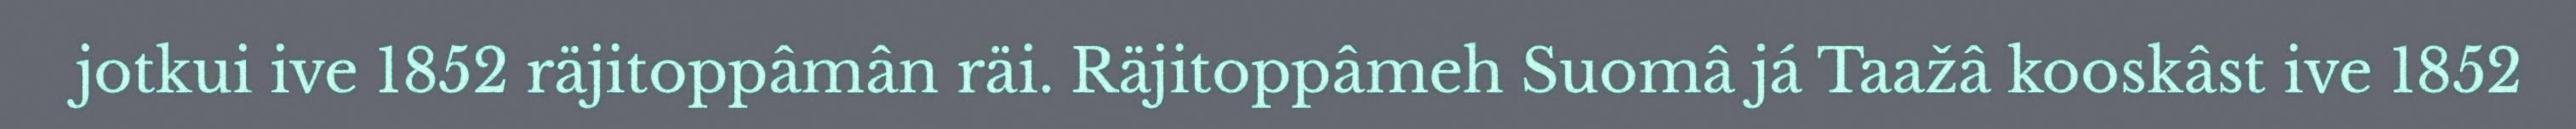
jotkui ive 1852 räjitoppâmân räi. Räjitoppâmeh Suomâ já Taažâ kooskâst ive 1852